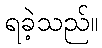
ရခဲ့သည်။